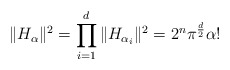
\begin{align*}\|H_{\alpha}\|^{2}=\prod_{i=1}^{d}\|H_{\alpha_{i}}\|^{2}=2^{n}\pi^{\frac{d}{2}}\alpha!\end{align*}